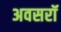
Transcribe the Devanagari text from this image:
अवसरॉ